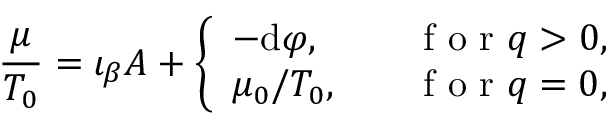
\frac { \mu } { T _ { 0 } } = \iota _ { \beta } A + \left\{ \begin{array} { l l } { - \mathrm { d } \varphi , } & { \quad \mathrm { ~ f ~ o ~ r ~ } q > 0 , } \\ { \mu _ { 0 } / T _ { 0 } , } & { \quad \mathrm { ~ f ~ o ~ r ~ } q = 0 , } \end{array} \right.